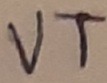
Text: VT